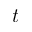
t